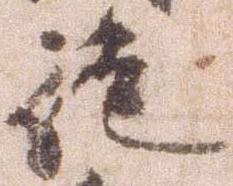
徒